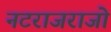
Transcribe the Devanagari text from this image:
नटराजराजो